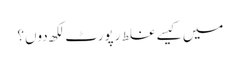
میں کیسے غلط رپورٹ لکھ دوں؟